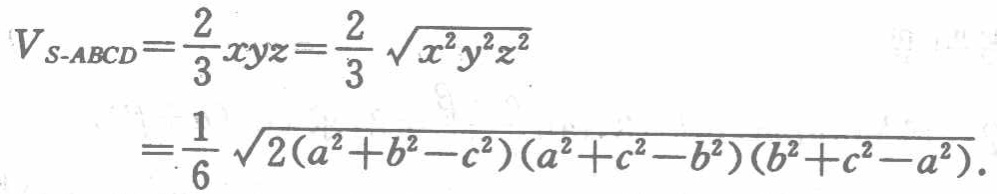
\[

\begin{align*}

V_{S - ABCD}&=\frac{2}{3}xyz=\frac{2}{3}\sqrt{x^{2}y^{2}z^{2}}\\

&=\frac{1}{6}\sqrt{2(a^{2}+b^{2}-c^{2})(a^{2}+c^{2}-b^{2})(b^{2}+c^{2}-a^{2})}.

\end{align*}

\]